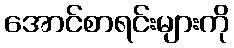
အောင်စာရင်းများကို